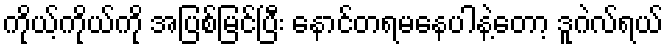
ကိုယ့်ကိုယ်ကို အပြစ်မြင်ပြီး နောင်တရမနေပါနဲ့တော့ ဒူဂဲလ်ရယ်